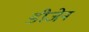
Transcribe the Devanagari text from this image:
डीजेन